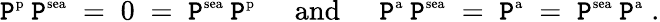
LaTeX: \mathtt{P}^{\mathrm{{\scriptsize{p}}}}\: \mathtt{P}^{\mathrm{{\scriptsize{sea}}}}\; =\; 0\; =\; \mathtt{P}^{\mathrm{{\scriptsize{sea}}}}\: \mathtt{P}^{\mathrm{{\scriptsize{p}}}}\; \; \; \; \; {\mathrm{{and}}}\; \; \; \; \; \mathtt{P}^{\mathrm{{\scriptsize{a}}}}\: \mathtt{P}^{\mathrm{{\scriptsize{sea}}}}\; =\; \mathtt{P}^{\mathrm{{\scriptsize{a}}}}\; =\; \mathtt{P}^{\mathrm{{\scriptsize{sea}}}}\: \mathtt{P}^{\mathrm{{\scriptsize{a}}}}\; .